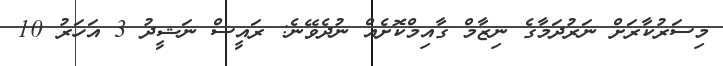
މިސަރުކާރަށް ނަރުދަމާގެ ނިޒާމް ގާއިމްކޮށެއް ނުދެވޭނެ: ރައީސް ނަޝީދު 3 އަހަރު 10